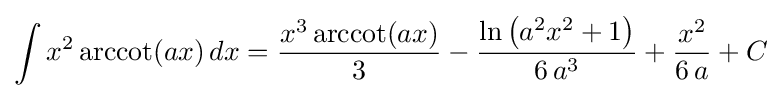
\int x^{2}\operatorname {arccot}(ax)\,dx={\frac {x^{3}\operatorname {arccot}(ax)}{3}}-{\frac {\ln \left(a^{2}x^{2}+1\right)}{6\,a^{3}}}+{\frac {x^{2}}{6\,a}}+C